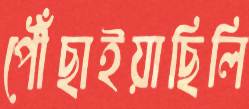
পৌঁছাইয়াছিলি